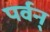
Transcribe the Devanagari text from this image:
पर्वन्